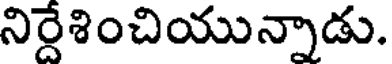
నిర్దేశించియున్నాడు.